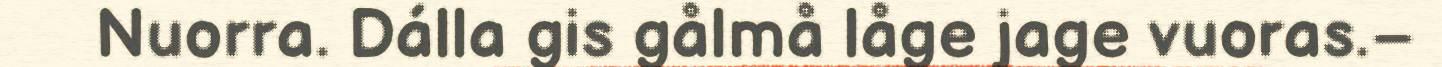
Nuorra. Dálla gis gålmå låge jage vuoras.–